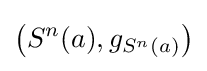
\left(S^{n}(a),g_{S^{n}(a)}\right)